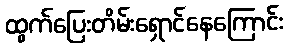
ထွက်ပြေးတိမ်းရှောင်နေကြောင်း